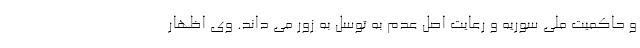
و حاکمیت ملی سوریه و رعایت اصل عدم به توسل به زور می داند. وی اظهار